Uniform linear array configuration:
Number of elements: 48
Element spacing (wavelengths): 0.75
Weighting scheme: cosine
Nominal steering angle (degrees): -30
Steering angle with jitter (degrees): -30.946
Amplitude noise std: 0.05
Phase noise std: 0.05

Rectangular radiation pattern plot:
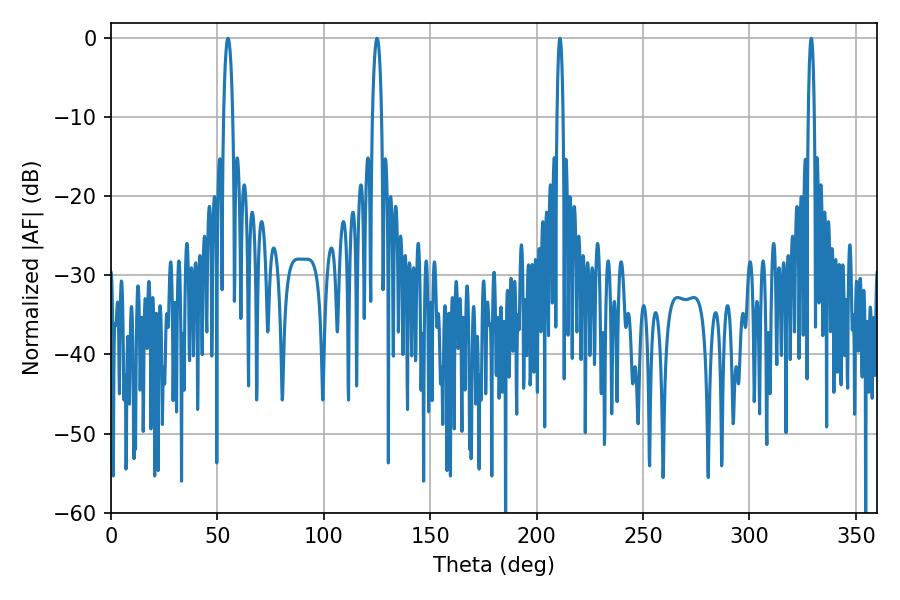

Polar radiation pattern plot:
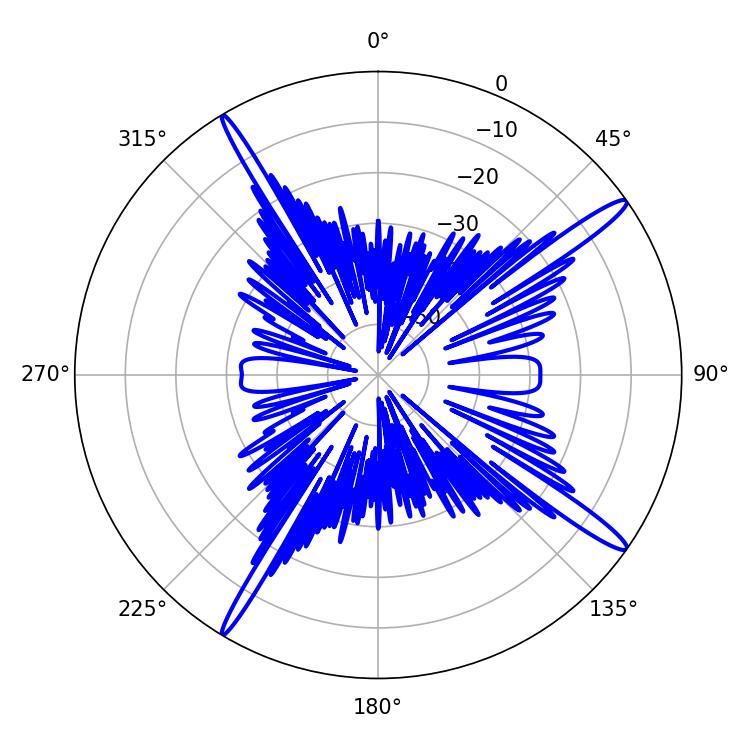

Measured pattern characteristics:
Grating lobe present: TRUE
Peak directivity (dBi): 16.347
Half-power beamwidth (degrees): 1.44
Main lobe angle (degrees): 210.96